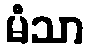
မံသာ